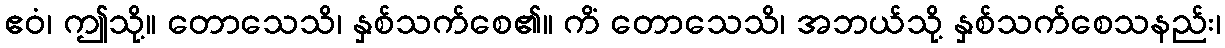
ဧဝံ၊ ဤသို့။ တောသေသိ၊ နှစ်သက်စေ၏။ ကိံ တောသေသိ၊ အဘယ်သို့ နှစ်သက်စေသနည်း၊